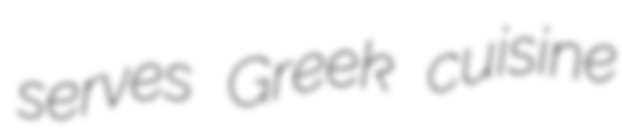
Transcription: serves Greek cuisine